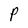
Character: P